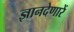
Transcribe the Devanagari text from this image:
ज्ञानदेणारें